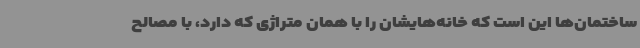
ساختمان‌ها این است که خانه‌هایشان را با همان متراژی که دارد، با مصالح